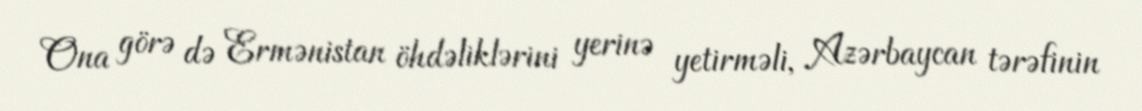
Ona görə də Ermənistan öhdəliklərini yerinə yetirməli, Azərbaycan tərəfinin